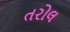
તરોલ